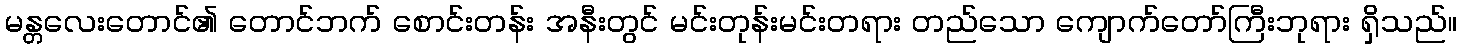
မန္တလေးတောင်၏ တောင်ဘက် စောင်းတန်း အနီးတွင် မင်းတုန်းမင်းတရား တည်သော ကျောက်တော်ကြီးဘုရား ရှိသည်။